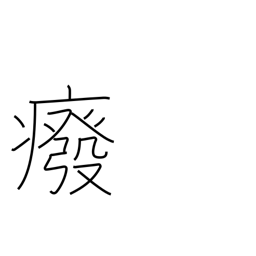
Meaning: getting crippled